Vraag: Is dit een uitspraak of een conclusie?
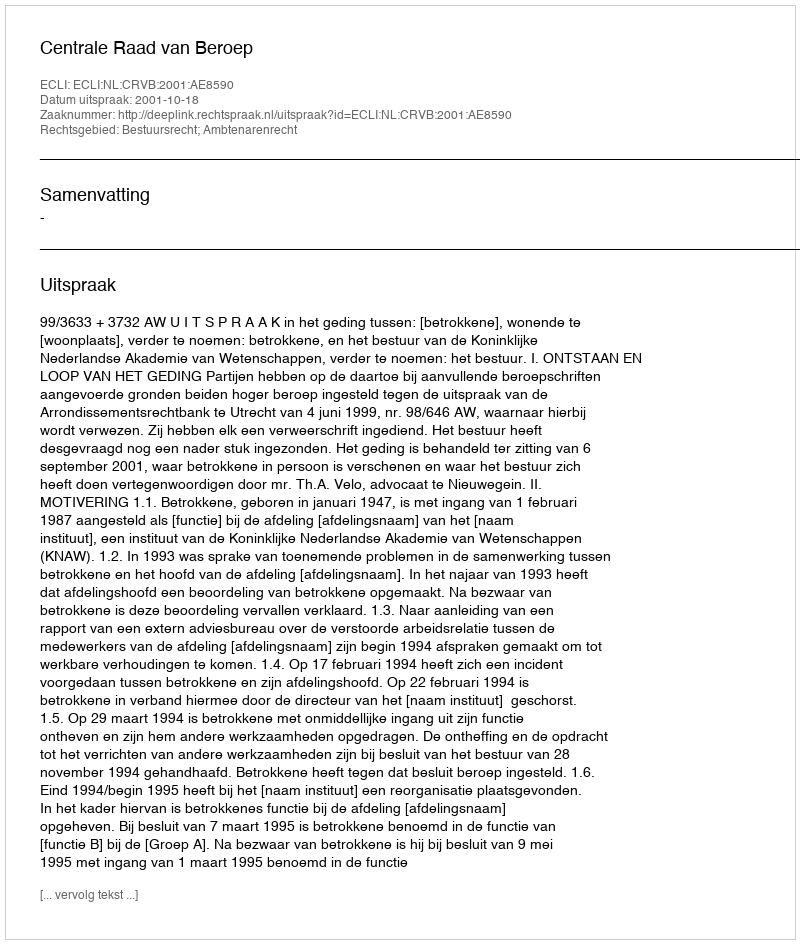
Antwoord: Uitspraak